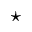
\star